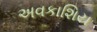
અવકાશિય